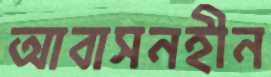
আবাসনহীন